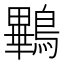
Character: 鷝